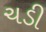
ચડી